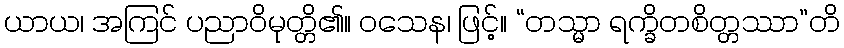
ယာယ၊ အကြင် ပညာဝိမုတ္တိ၏။ ဝသေန၊ ဖြင့်။ “တသ္မာ ရက္ခိတစိတ္တဿာ”တိ